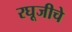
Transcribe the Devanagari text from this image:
रघूजीचे